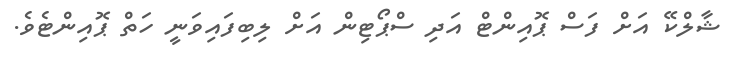
ޝާލްކޭ އަށް ފަސް ޕޮއިންޓް އަދި ސްޕޯޓިން އަށް ލިބިފައިވަނީ ހަތް ޕޮއިންޓެވެ.